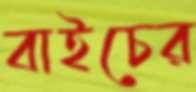
বাইচের